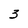
Character: 3